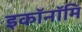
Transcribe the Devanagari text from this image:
इकॉनॉमि